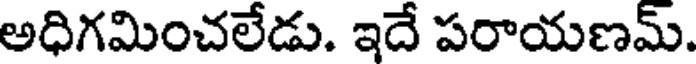
అధిగమించలేడు. ఇదే పరాయణమ్.